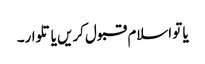
یا تو اسلام قبول کریں یا تلوار۔